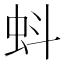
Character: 蚪